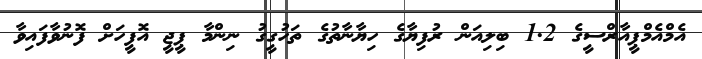
އެމްއެމްޕީއާރްސީގެ 1.2 ބިލިއަން ރުފިޔާގެ ހިޔާނާތުގެ ތަހުގީގު ނިންމާ ޕީޖީ އޮފީހަށް ފޮނުވާފައިވާ